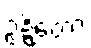
ဥဍ္ဍိတော